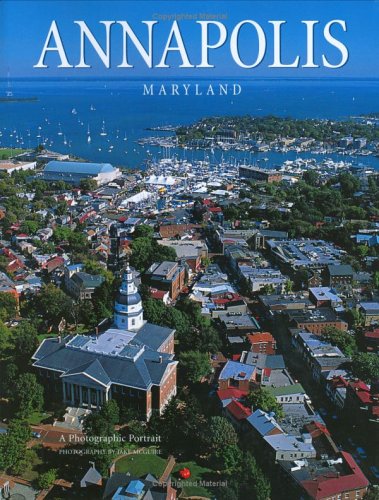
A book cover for Annapolis, Maryland: A Photographic Portrait; Jake McGuire; Travel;